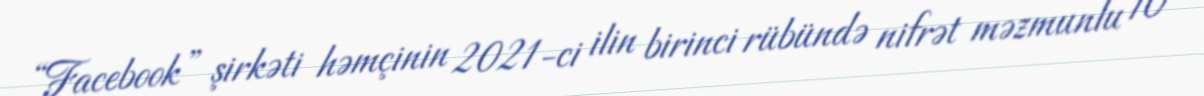
“Facebook” şirkəti həmçinin 2021-ci ilin birinci rübündə nifrət məzmunlu 10